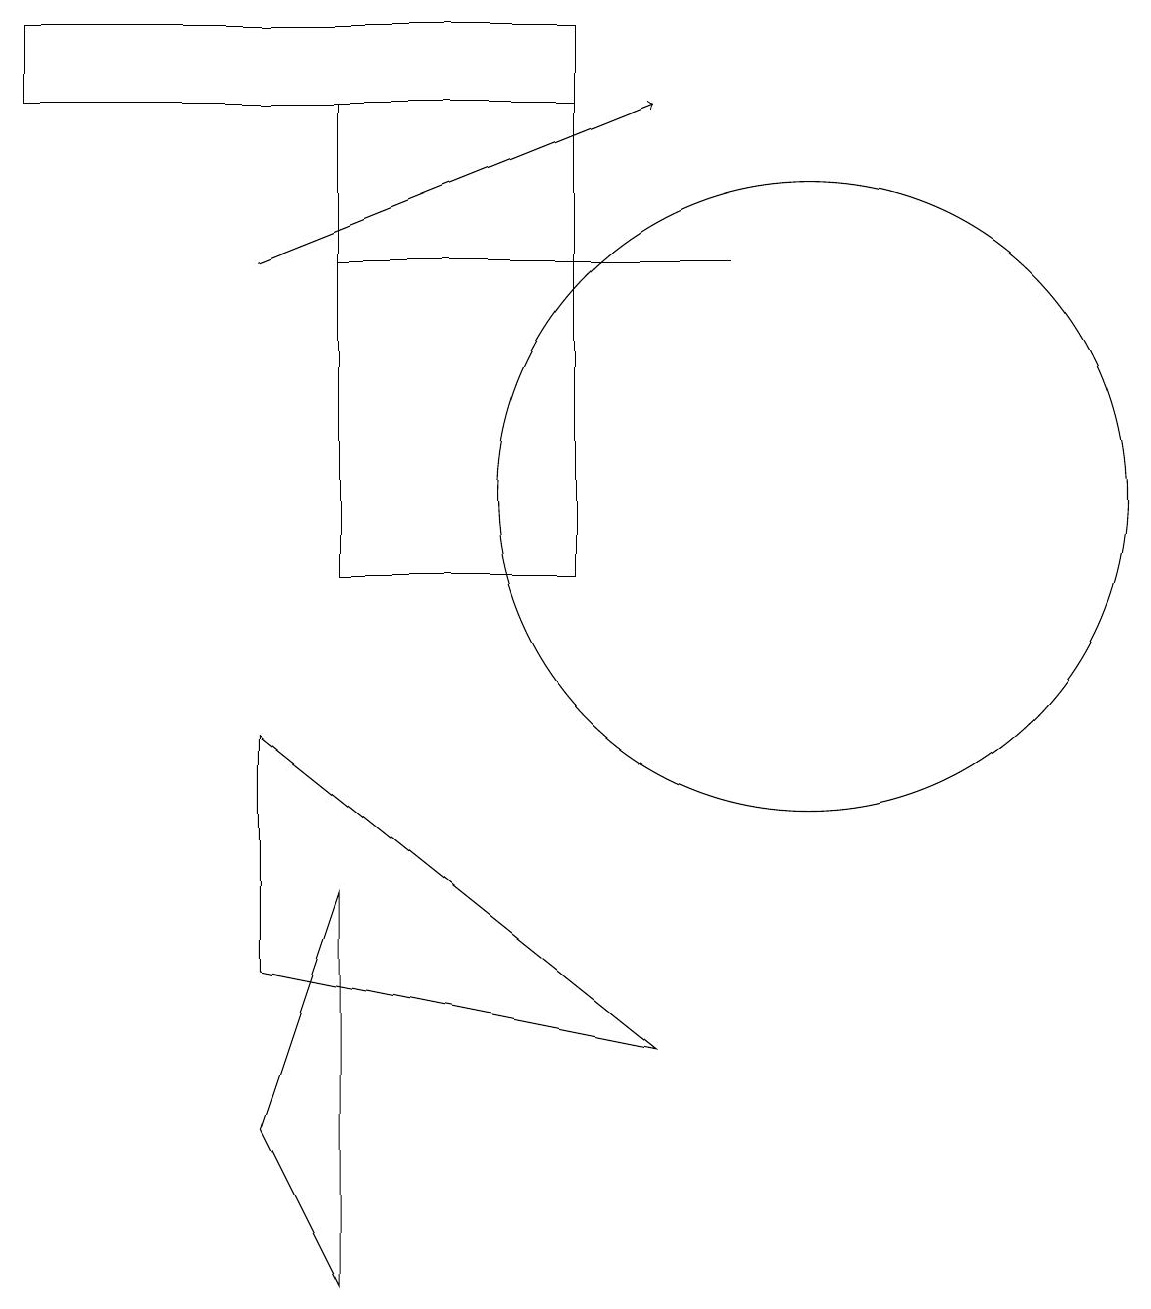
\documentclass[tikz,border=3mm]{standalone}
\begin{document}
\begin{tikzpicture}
\draw (10,11) circle (4);
\draw[->] (3,14) -- (8,16);
\draw (10,10) circle (0);
\draw (4,14) rectangle (9,14);
\draw (8,4) -- (3,5) -- (3,8) -- cycle;
\draw (7,16) rectangle (4,10);
\draw (4,6) -- (3,3) -- (4,1) -- cycle;
\draw (0,16) rectangle (7,17);
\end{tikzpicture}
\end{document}